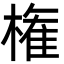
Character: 権